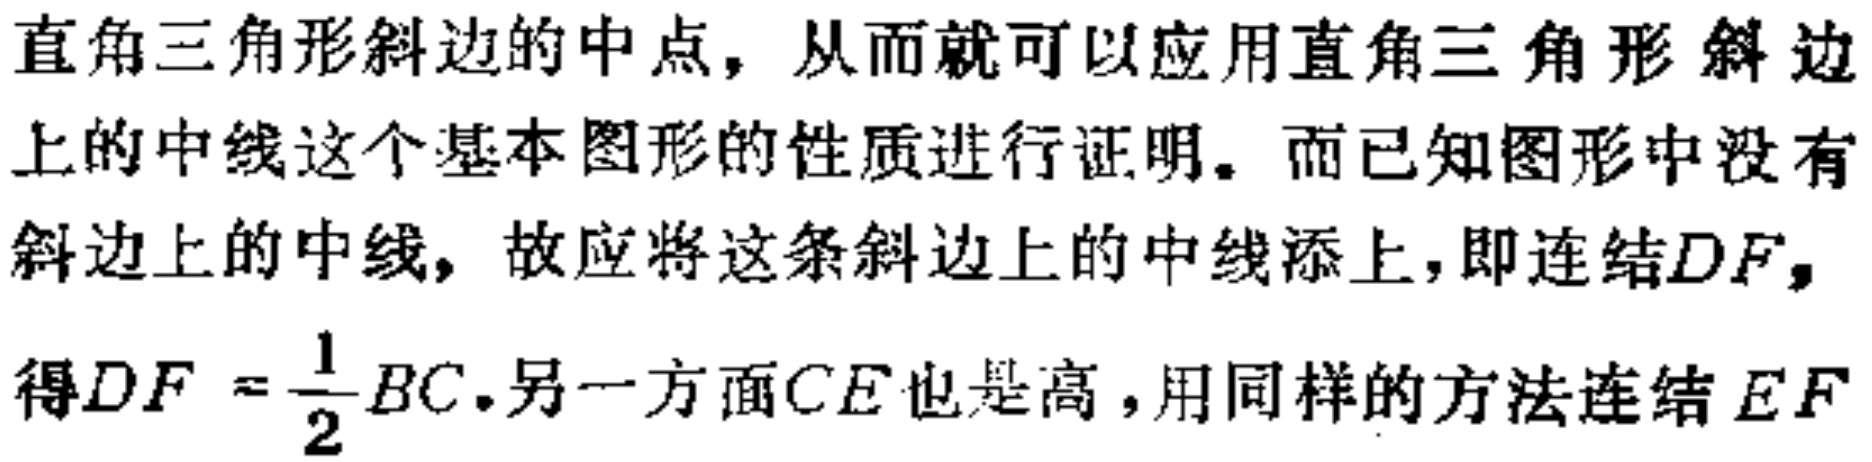
直角三角形斜边的中点，从而就可以应用直角三角形斜边上的中线这个基本图形的性质进行证明。而已知图形中没有斜边上的中线，故应将这条斜边上的中线添上，即连结\(DF\)，得\(DF = \frac{1}{2}BC\).另一方面\(CE\)也是高，用同样的方法连结\(EF\)